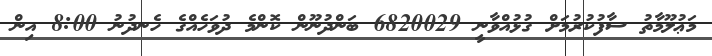
މަޢުލޫމާތު ސާފުކުރުމަށް ގުޅުއްވާނީ 6820029 ބަންދުނޫން ކޮންމެ ދުވަހެއްގެ ހެނދުނު 8:00 އިން